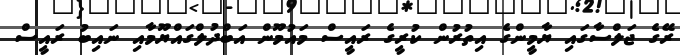
ރޭގެ ޖަލްސާގައި ޔާމީންގެ އިތުރުން ކުރީގެ ރައީސް މައުމޫން އަބްދުލްގައްޔޫމާއި ނައިބު ރައީސް